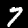
Label: 7